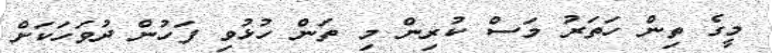
މީގެ ތިން ހަތަރު މަސް ކުރިން މި ތަން ހުޅުވި ފަހުން ދުވަހަކަށް